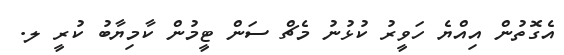
އެގޮތުން އިއްޔެ ހަވީރު ކުޅުނު މެޗް ސަން ޓީމުން ކާމިޔާބު ކުރީ ލ.